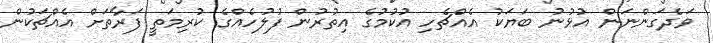
ވަދެގަންނަން އުޅުނު ބަޔަކު އެއްޗެހި އުކުމުގެ އިތުރުން ފުލުހެއްގެ ކުރިމަތީ ފަރާތަށް އެއްޗަކުން